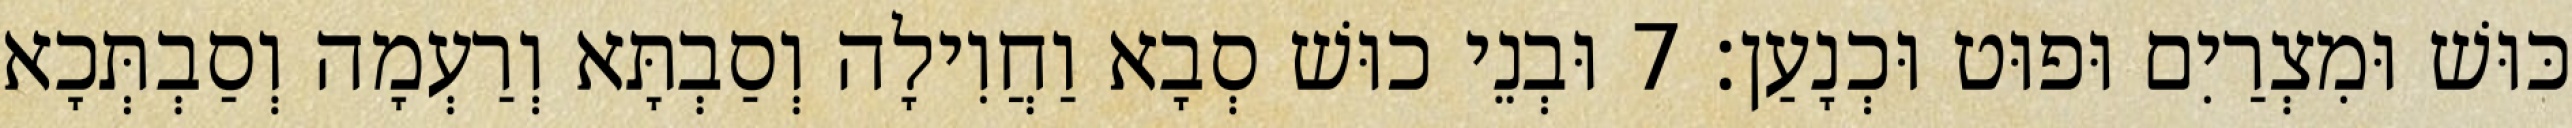
כּוּשׁ וּמִצְרַיִם וּפוּט וּכְנָעַן׃ 7 וּבְנֵי כוּשׁ סְבָא וַחֲוִילָה וְסַבְתָּא וְרַעְמָה וְסַבְתְּכָא